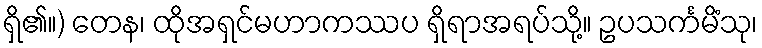
ရှိ၏။) တေန၊ ထိုအရှင်မဟာကဿပ ရှိရာအရပ်သို့။ ဥပသင်္ကမိံသု၊